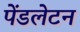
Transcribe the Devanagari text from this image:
पेंडलेटन